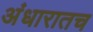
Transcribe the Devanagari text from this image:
अंधारातच